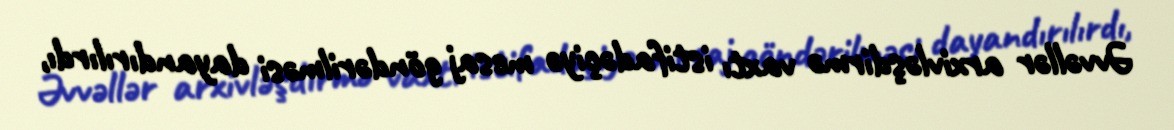
Əvvəllər arxivləşdirmə vaxtı istifadəçiyə mesaj göndərilməsi dayandırılırdı,